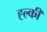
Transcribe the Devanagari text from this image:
ह्ल्की